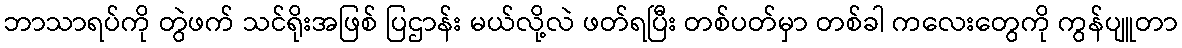
ဘာသာရပ်ကို တွဲဖက် သင်ရိုးအဖြစ် ပြဌာန်း မယ်လို့လဲ ဖတ်ရပြီး တစ်ပတ်မှာ တစ်ခါ ကလေးတွေကို ကွန်ပျူတာ